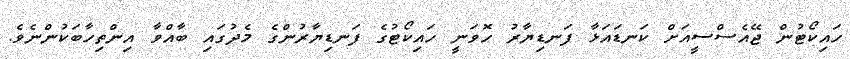
ހައިކޯޓުން ޖޭއެސްސީއަށް ކަނޑައަޅާ ފަނޑިޔާރު ހޮވަނީ ހައިކޯޓުގެ ފަނޑިޔާރުންގެ މެދުގައި ބާއްވާ އިންތިހާބަކުންނެވެ.